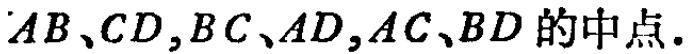
$AB、CD,BC、AD,AC、BD$的中点.